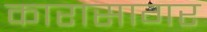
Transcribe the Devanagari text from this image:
कारासागर